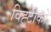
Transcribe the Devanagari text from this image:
विह्टीको